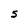
Character: S